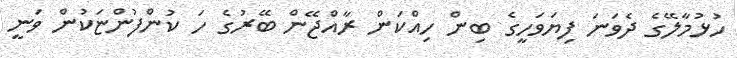
ހުޅުމާލޭގެ ދެވަނަ ފިޔަވަހީގެ ބިން ހިއްކަން ރާއްޖޭން ބޭރުގެ ހަ ކުންފުންޏަކުން ވަނީ